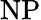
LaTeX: \mathrm{NP}